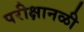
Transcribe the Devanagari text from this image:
परीक्षानळी